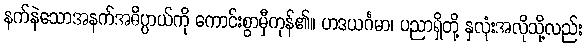
နက်နဲသောအနက်အဓိပ္ပာယ်ကို ကောင်းစွာမှီကုန်၏။ ဟဒယင်္ဂမာ၊ ပညာရှိတို့ နှလုံးအလိုသို့လည်း